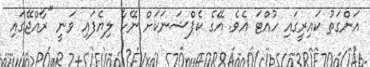
އަންގަތު ކައިރީގައި ހުއްޓަ އެވެ. އޭގެ ކެޕްޝަނަކަށް ނޭހާ ލިޔެފައި ވަނީ "ރާއްޖޭގައި